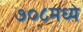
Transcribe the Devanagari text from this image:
७०८मध्ये